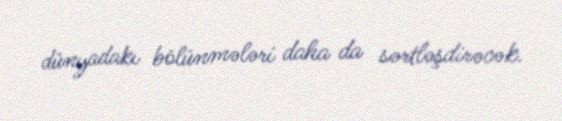
dünyadakı bölünmələri daha da sərtləşdirəcək.